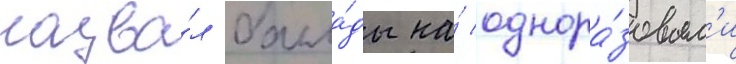
назва́л балла́ды на́ однора́зовым'и